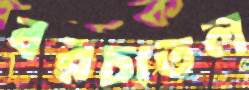
বরচাতল